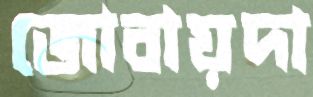
জোবায়দা